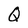
Character: Q